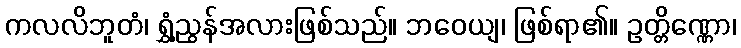
ကလလိဘူတံ၊ ရွှံ့ညွန်အလားဖြစ်သည်။ ဘဝေယျ၊ ဖြစ်ရာ၏။ ဥတ္တိဏ္ဏော၊